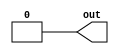
// See LICENSE.SiFive for license details.

//VCS coverage exclude_file

// No default parameter values are intended, nor does IEEE 1800-2012 require them (clause A.2.4 param_assignment),
// but Incisive demands them. These default values should never be used.
module plusarg_reader #(
   parameter FORMAT="borked=%d",
   parameter WIDTH=1,
   parameter [WIDTH-1:0] DEFAULT=0
) (
   output [WIDTH-1:0] out
);

`ifdef SYNTHESIS
assign out = DEFAULT;
`else
reg [WIDTH-1:0] myplus;
assign out = myplus;

initial begin
   if (!$value$plusargs(FORMAT, myplus)) myplus = DEFAULT;
end
`endif

endmodule